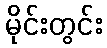
မိုင်းတွင်း